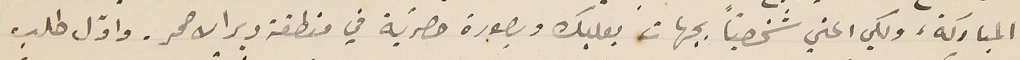
المباركة، ولكي اعني شخصيّاً بجهات بعلبك وبصورة حصريّة في منطقة دير الاحمر. واوّل طلب